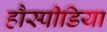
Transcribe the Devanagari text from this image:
हौस्पीडिया